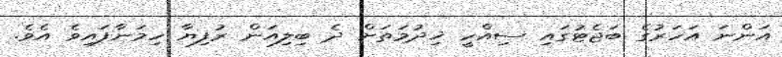
އަންނަ އަހަރުގެ ބަޖެޓުގައި ސިއްހީ ޚިދުމަތަށް ދެ ބިލިއަން ރުފިޔާ ހިމަނާފައިވެ އެވެ.